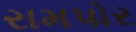
રામપોર